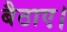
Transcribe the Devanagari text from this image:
बैठाए।